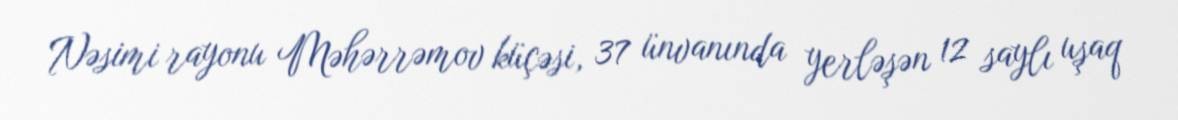
Nəsimi rayonu Məhərrəmov küçəsi, 37 ünvanında yerləşən 12 saylı uşaq